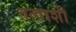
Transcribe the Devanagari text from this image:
तत्वाशी